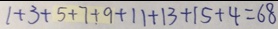
1 + 3 + 5 + 7 + 9 + 1 1 + 1 3 + 1 5 + 4 = 6 8